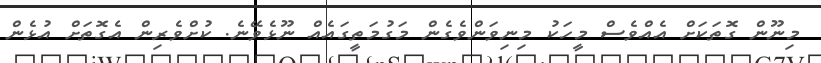
މިނޫން ގޮތަކަށް އެއްވެސް މީހަކު މިނިވަންވެގެން މަގުމަތީގައެއް ނޫޅެވޭނެ. ކުށްވެރިން އެގޮތަށް އުޅެން